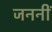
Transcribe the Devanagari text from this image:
जननीं